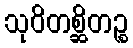
သုဝိတစ္ဆိတဉ္စ